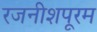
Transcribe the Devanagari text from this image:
रजनीशपूरम